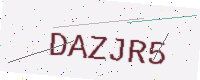
Text: DAZJR5